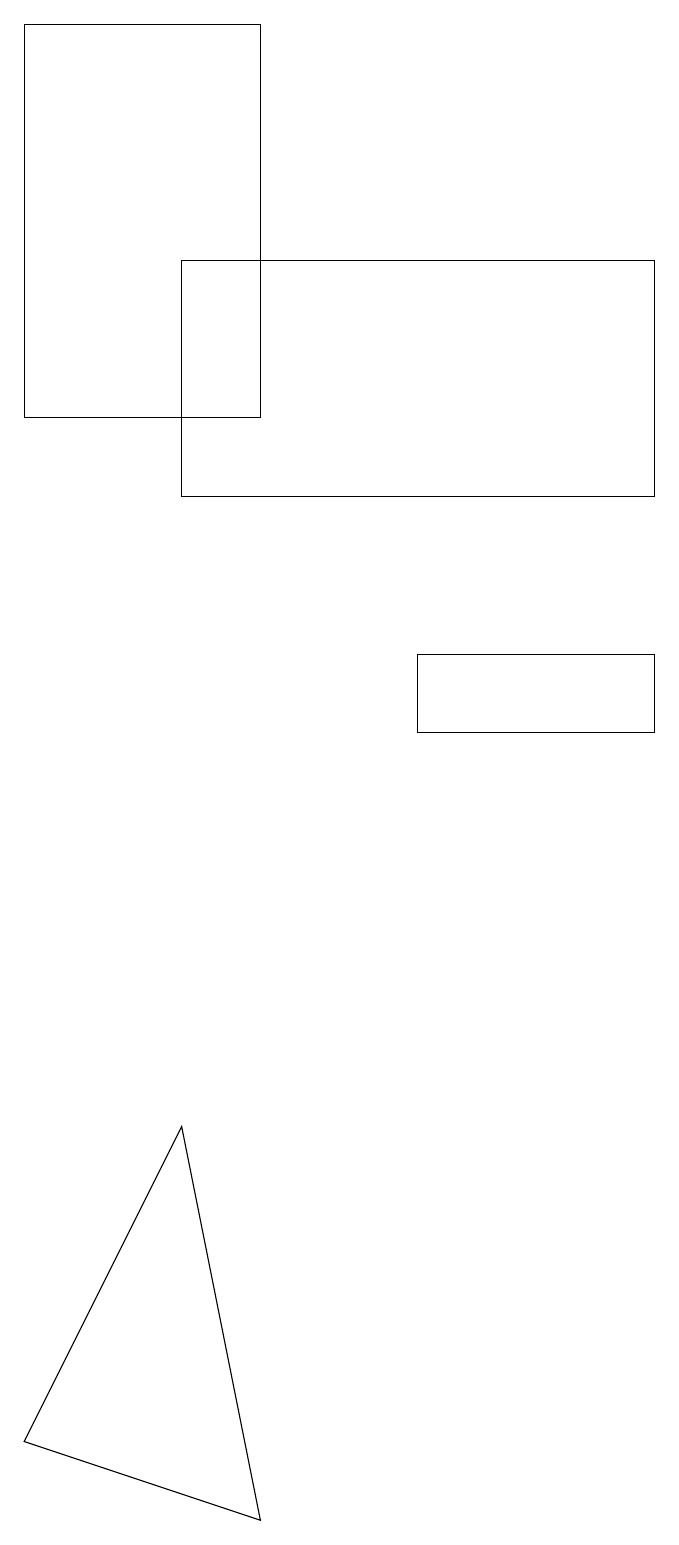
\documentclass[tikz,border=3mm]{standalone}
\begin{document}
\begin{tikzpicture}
\draw (3,0) -- (0,1) -- (2,5) -- cycle;
\draw (3,19) rectangle (0,14);
\draw (8,16) rectangle (2,13);
\draw (5,10) rectangle (8,11);
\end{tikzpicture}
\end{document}